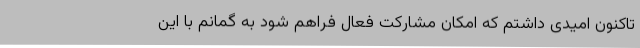
تاکنون امیدی داشتم که امکان مشارکت فعال فراهم شود به گمانم با این